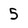
Character: 5